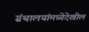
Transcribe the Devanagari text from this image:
ग्रंथालयांमध्येदेखील